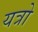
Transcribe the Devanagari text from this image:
यत्रो